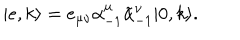
| e , k \rangle = e _ { \mu \nu } \alpha _ { - 1 } ^ { \mu } \tilde { \alpha } _ { - 1 } ^ { \nu } | 0 , k \rangle .